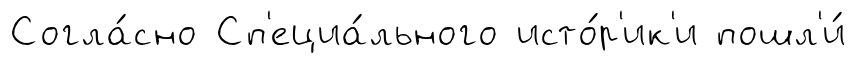
Согла́сно Сп'ециа́льного исто́р'ик'и пошл'и́